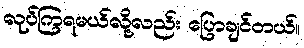
လုပ်ကြရမယ်လို့လည်း ပြောချင်တယ်။